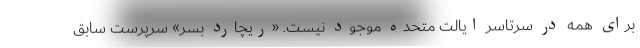
برای همه در سرتاسر ایالت متحده موجود نیست. «ریچارد بسر» سرپرست سابق